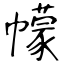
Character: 幪